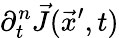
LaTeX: \partial_{t}^{n}\vec{J}(\vec{x}^{\prime},t)